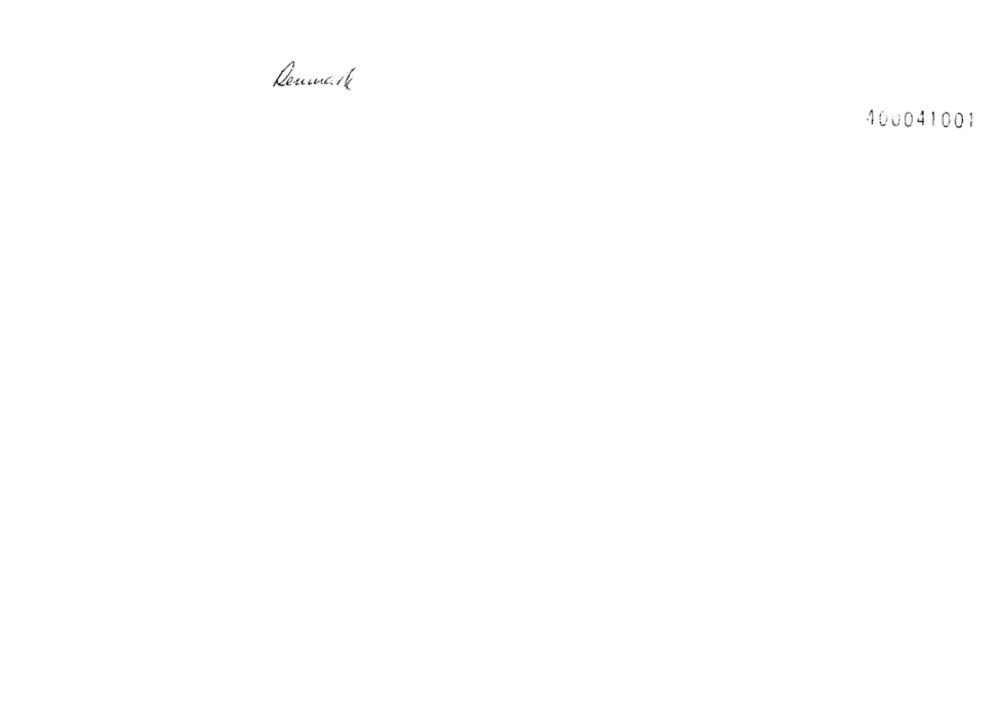
Denmark
400041001